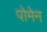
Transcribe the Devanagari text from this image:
पोमेन